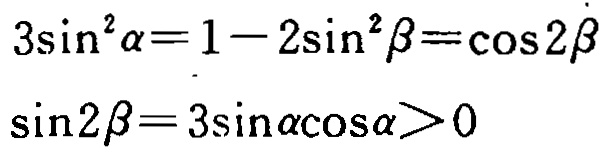
\[

\begin{align*}

3\sin^{2}\alpha&=1 - 2\sin^{2}\beta=\cos2\beta\\

\sin2\beta&=3\sin\alpha\cos\alpha>0

\end{align*}

\]